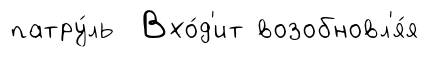
патру́ль Вхо́д'ит возобновл'я́я